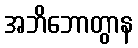
အဘိဘောတွာန